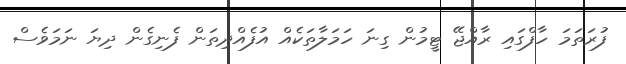
ފުރަތަމަ ހާފްގައި ރާއްޖޭ ޓީމުން ގިނަ ހަމަލާތަކެއް އުފެއްދިތަން ފެނިގެން ދިޔަ ނަމަވެސް